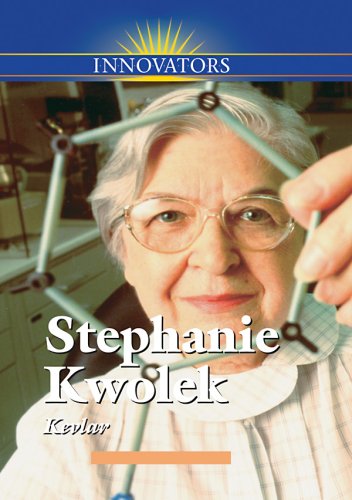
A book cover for Stephanie Kwolek: Creator of Kevlar (Innovators); Gail B Stewart; Children's Books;